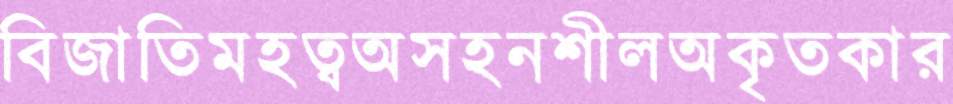
বিজাতিমহত্বঅসহনশীলঅকৃতকার